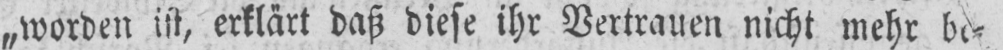
„worden ist, erklärt daß diese ihr Vertrauen nicht mehr be⸗